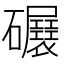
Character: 𥗷